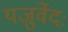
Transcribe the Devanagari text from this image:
यजुर्वेदः